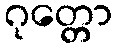
ဂုတ္တော